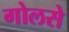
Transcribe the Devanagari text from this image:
गोलसे